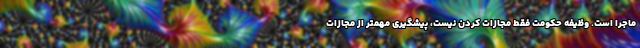
ماجرا است. وظیفه حکومت فقط مجازات کردن نیست، پیشگیری مهمتر از مجازات